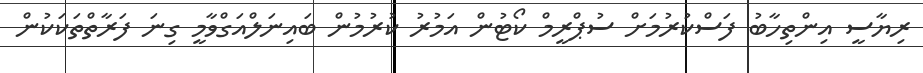
ރިޔާސީ އިންތިހާބު ފަސްކުރުމަށް ސުޕްރީމް ކޯޓުން އަމުރު ކުރުމުން ބައިނަލްއަގްވާމީ ގިނަ ފަރާތްތަކަކުން